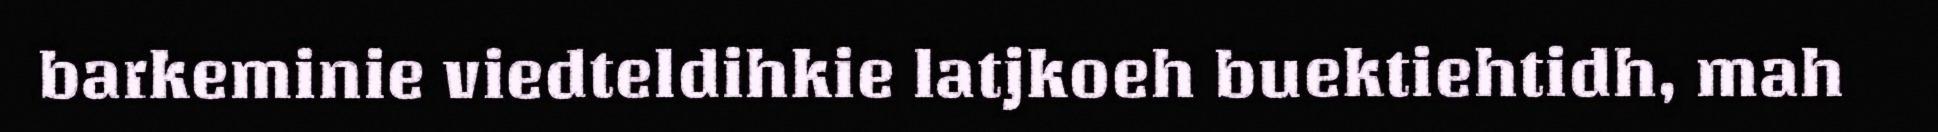
barkeminie viedteldihkie latjkoeh buektiehtidh, mah